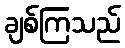
ချစ်ကြသည်